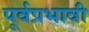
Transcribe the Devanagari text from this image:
पूर्वप्रभावी